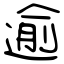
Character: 逾